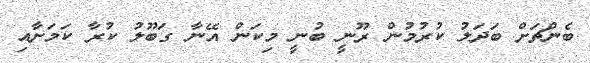
ބެންޗަށް ބަދަލު ކުރުމުން ރޫނީ ބުނީ މިކަން އޭނާ ގަބޫލު ކުރާ ކަމަށާއި